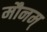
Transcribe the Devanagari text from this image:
मौनम्‌